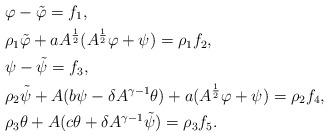
LaTeX: \begin{align*}&\varphi - \tilde\varphi = f_1, \\&\rho_1\tilde\varphi + a A^\frac12(A^\frac12\varphi + \psi)= \rho_1 f_2, \\&\psi - \tilde\psi = f_3, \\&\rho_2\tilde\psi + A (b\psi - \delta A^{\gamma-1} \theta) + a (A^\frac12\varphi + \psi) = \rho_2 f_4, \\&\rho_3\theta + A(c\theta + \delta A^{\gamma-1} \tilde\psi )= \rho_3 f_5.\end{align*}